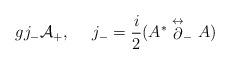
LaTeX: \begin{align*}g j_- {\cal A_+} , \ \ \ \ j_- = {i \over 2} (A^{*}\stackrel{\leftrightarrow}{\partial}_- A )\end{align*}